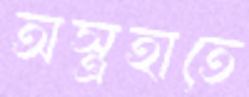
অস্ত্রহাতে